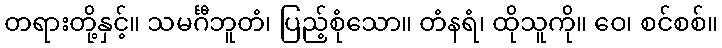
တရားတို့နှင့်။ သမင်္ဂီဘူတံ၊ ပြည့်စုံသော။ တံနရံ၊ ထိုသူကို။ ဝေ၊ စင်စစ်။